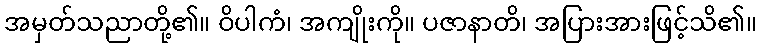
အမှတ်သညာတို့၏။ ဝိပါကံ၊ အကျိုးကို။ ပဇာနာတိ၊ အပြားအားဖြင့်သိ၏။